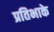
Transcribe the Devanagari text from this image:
प्रतिभाके